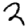
Digit: 2